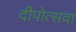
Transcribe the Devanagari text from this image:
दीपोत्सवा